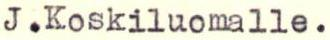
J.Koskiluomalle.